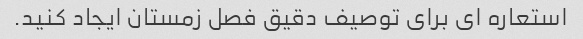
استعاره ای برای توصیف دقیق فصل زمستان ایجاد کنید.